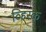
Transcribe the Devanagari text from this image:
व्हिस्के